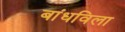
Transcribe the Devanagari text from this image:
बांधविला